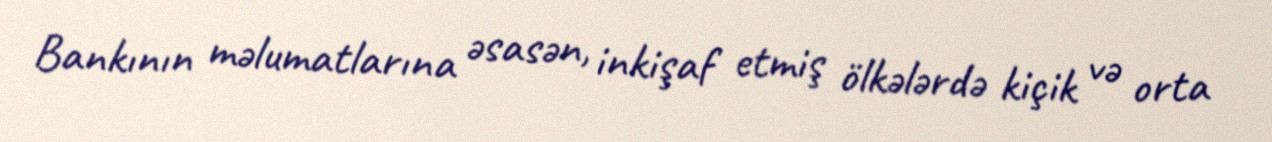
Bankının məlumatlarına əsasən, inkişaf etmiş ölkələrdə kiçik və orta